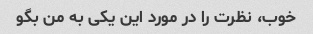
خوب، نظرت را در مورد این یکی به من بگو